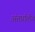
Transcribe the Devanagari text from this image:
अंतर्प्रातीय